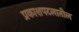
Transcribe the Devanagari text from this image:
प्रकाशपटलातील